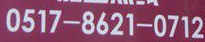
0517-8621-0712